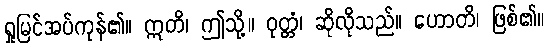
ရှုမြင်အပ်ကုန်၏။ ဣတိ၊ ဤသို့။ ဝုတ္တံ၊ ဆိုလိုသည်။ ဟောတိ၊ ဖြစ်၏။